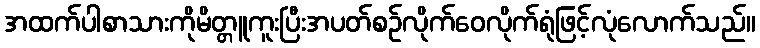
အထက်ပါစာသားကိုမိတ္တူကူးပြီးအပတ်စဉ်လိုက်ဝေလိုက်ရုံဖြင့်လုံလောက်သည်။